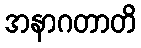
အနာဂတာတိ